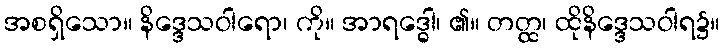
အစရှိသော။ နိဒ္ဒေသဝါရော၊ ကို။ အာရဒ္ဓေါ၊ ၏။ တတ္ထ၊ ထိုနိဒ္ဒေသဝါရ၌။